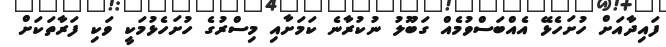
ފައިދާއަށް ހުށަހެޅޭ އެއްބަސްވުމެއް ގަބޫލު ނުކުރާނެ ކަމަށާއި މިސްރުގެ ހުށަހެޅުމަކީ ވަކި ފަރާތަކަށް